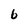
Character: b